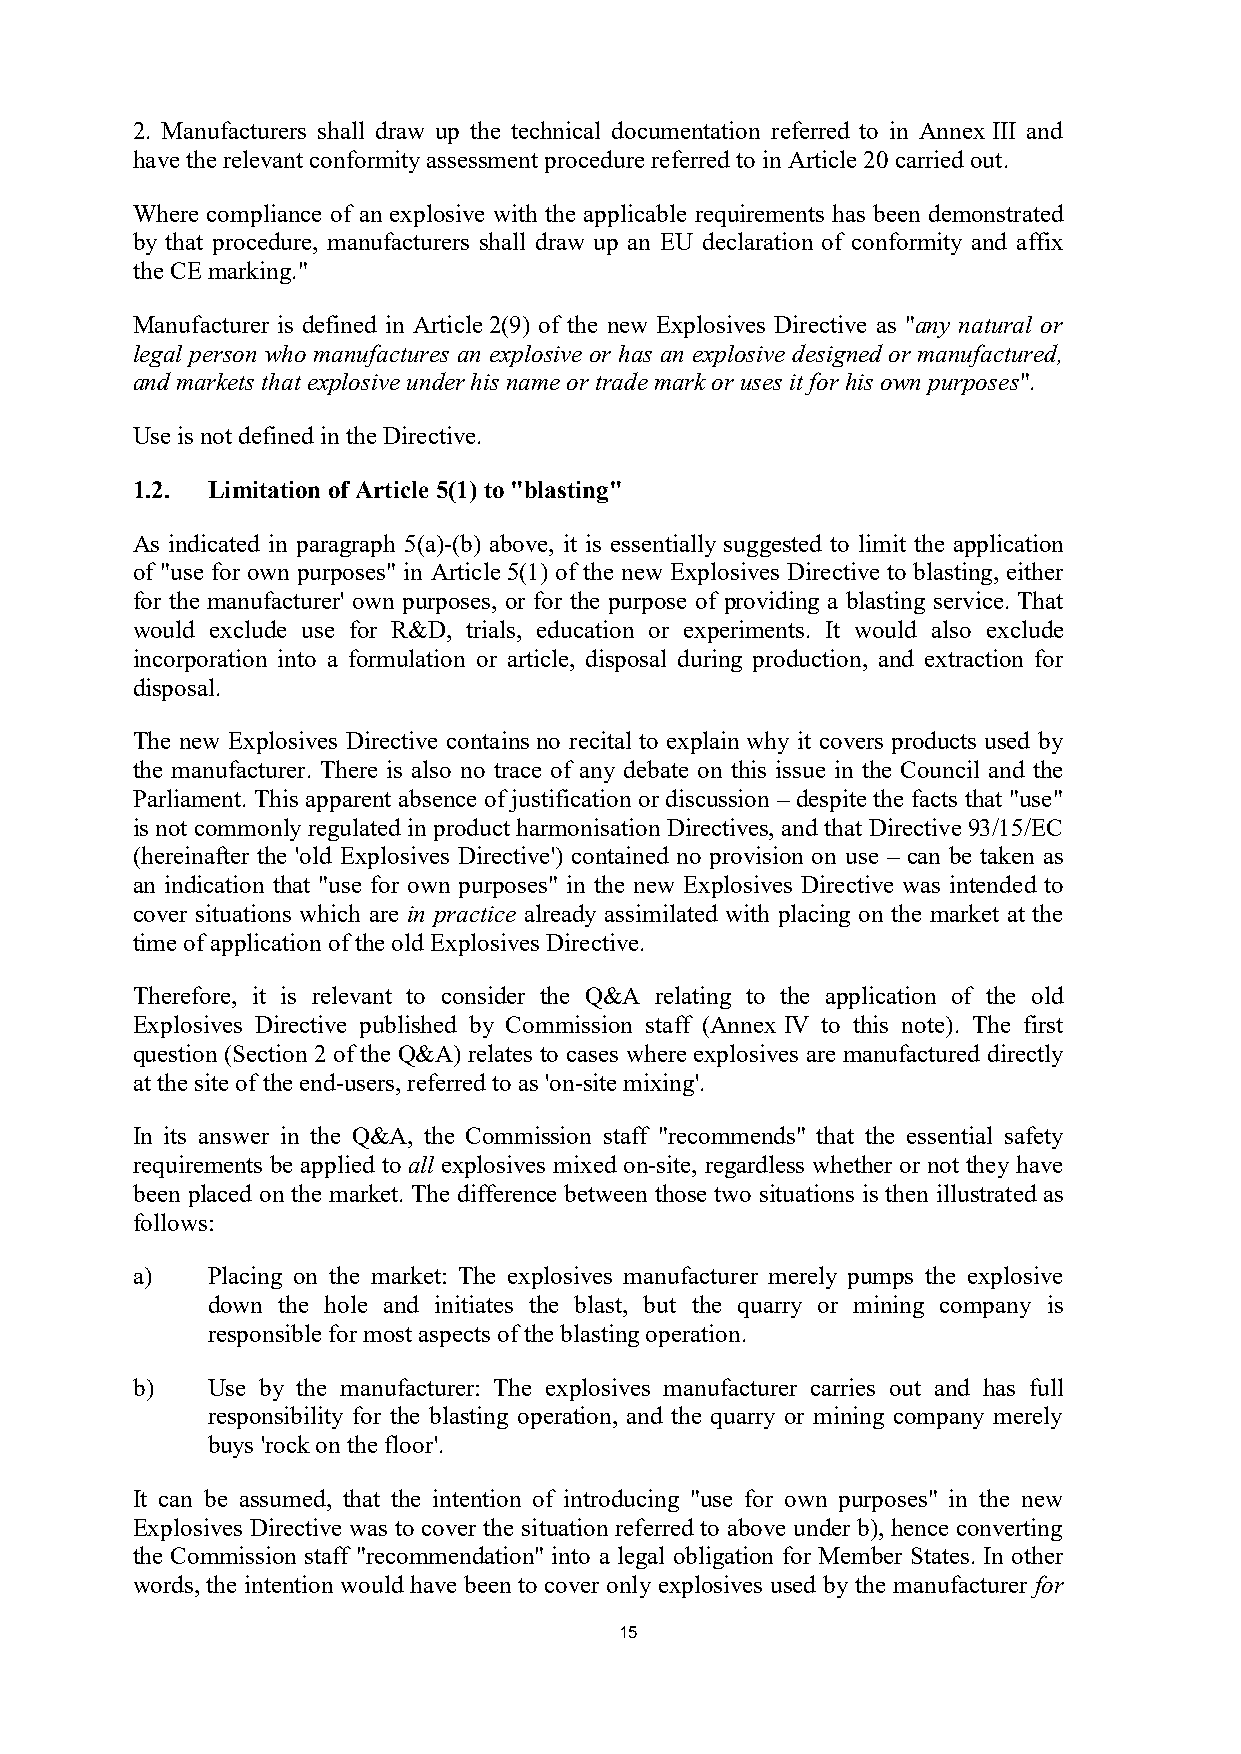
2. Manufacturers shall draw up the technical documentation referred to in Annex III and
 have the relevant conformity assessment procedure referred to in Article 20 carried out.
 Where compliance of an explosive with the applicable requirements has been demonstrated
 by that procedure, manufacturers shall draw up an EU declaration of conformity and affix
 the CE marking."
 Manufacturer is defined in Article 2(9) of the new Explosives Directive as "any natural or
 legal person who manufactures an explosive or has an explosive designed or manufactured,
 and markets that explosive under his name or trade mark or uses it for his own purposes".
 Use is not defined in the Directive.
 1.2. Limitation of Article 5(1) to "blasting"
 As indicated in paragraph 5(a)-(b) above, it is essentially suggested to limit the application
 of "use for own purposes" in Article 5(1) of the new Explosives Directive to blasting, either
 for the manufacturer' own purposes, or for the purpose of providing a blasting service. That
 would exclude use for R&D, trials, education or experiments. It would also exclude
 incorporation into a formulation or article, disposal during production, and extraction for
 disposal.
 The new Explosives Directive contains no recital to explain why it covers products used by
 the manufacturer. There is also no trace of any debate on this issue in the Council and the
 Parliament. This apparent absence of justification or discussion – despite the facts that "use"
 is not commonly regulated in product harmonisation Directives, and that Directive 93/15/EC
 (hereinafter the 'old Explosives Directive') contained no provision on use – can be taken as
 an indication that "use for own purposes" in the new Explosives Directive was intended to
 cover situations which are in practice already assimilated with placing on the market at the
 time of application of the old Explosives Directive.
 Therefore, it is relevant to consider the Q&A relating to the application of the old
 Explosives Directive published by Commission staff (Annex IV to this note). The first
 question (Section 2 of the Q&A) relates to cases where explosives are manufactured directly
 at the site of the end-users, referred to as 'on-site mixing'.
 In its answer in the Q&A, the Commission staff "recommends" that the essential safety
 requirements be applied to all explosives mixed on-site, regardless whether or not they have
 been placed on the market. The difference between those two situations is then illustrated as
 follows:
 a)   Placing on the market: The explosives manufacturer merely pumps the explosive
 down the hole and initiates the blast, but the quarry or mining company is
 responsible for most aspects of the blasting operation.
 b)   Use by the manufacturer: The explosives manufacturer carries out and has full
 responsibility for the blasting operation, and the quarry or mining company merely
 buys 'rock on the floor'.
 It can be assumed, that the intention of introducing "use for own purposes" in the new
 Explosives Directive was to cover the situation referred to above under b), hence converting
 the Commission staff "recommendation" into a legal obligation for Member States. In other
 words, the intention would have been to cover only explosives used by the manufacturer for
 15